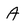
Character: A